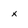
Character: x